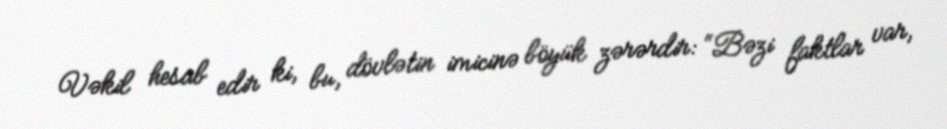
Vəkil hesab edir ki, bu, dövlətin imicinə böyük zərərdir: “Bəzi faktlar var,